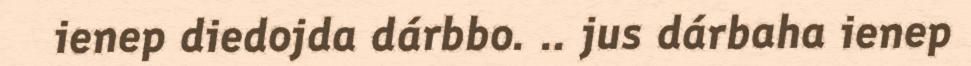
ienep diedojda dárbbo. .. jus dárbaha ienep